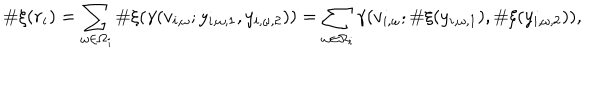
\# \xi ( r _ { i } ) = \sum _ { \omega \in \Omega _ { i } } \# \xi ( \gamma ( v _ { i , \omega } ; y _ { i , \omega , 1 } , y _ { i , \omega , 2 } ) ) = \sum _ { \omega \in \Omega _ { i } } \gamma ( v _ { i , \omega } ; \# \xi ( y _ { i , \omega , 1 } ) , \# \xi ( y _ { i , \omega , 2 } ) ) ,